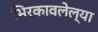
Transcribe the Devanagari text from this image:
भिरकावलेल्या